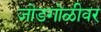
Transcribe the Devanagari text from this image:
जोडगोळीवर